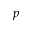
p